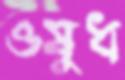
ওষুধ